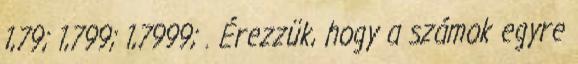
1,79; 1,799; 1,7999; . Érezzük, hogy a számok egyre